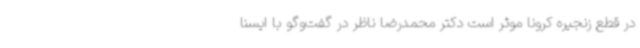
در قطع زنجیره کرونا موثر است دکتر محمدرضا ناظر در گفت‌وگو با ایسنا